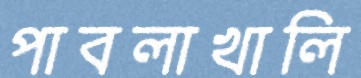
পাবলাখালি